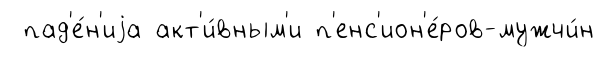
пад'е́н'иjа акт'и́вным'и п'енс'ион'е́ров-мужчи́н